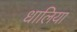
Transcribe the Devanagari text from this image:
धालिया